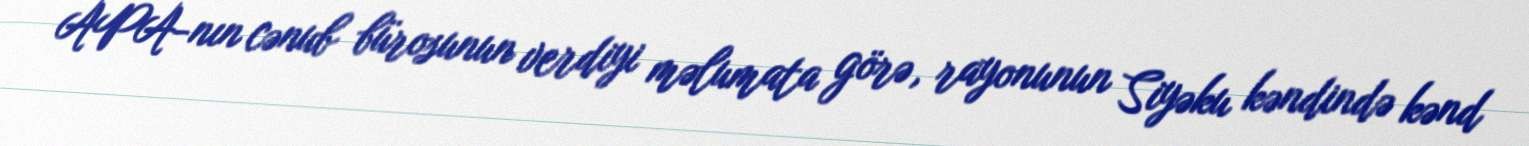
APA-nın cənub bürosunun verdiyi məlumata görə, rayonunun Siyəku kəndində kənd